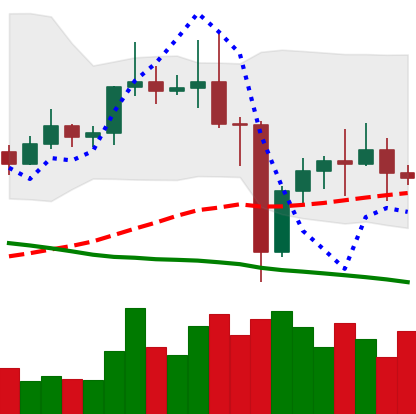
Ticker: ETC-USD
Chart end date: 2020-12-30
Forward return: 23.35%
Label: up_7plus